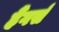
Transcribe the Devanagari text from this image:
हैंगर्स